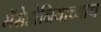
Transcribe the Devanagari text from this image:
मॅसेडोनियाच्याच